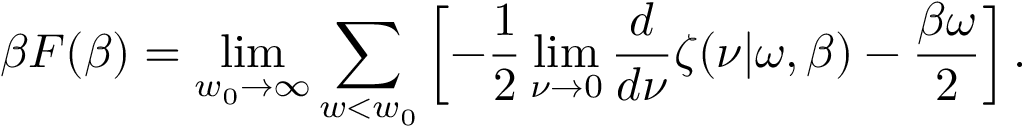
\beta F ( \beta ) = \operatorname * { l i m } _ { w _ { 0 } \rightarrow \infty } \sum _ { w < w _ { 0 } } \left[ - \frac 1 2 \operatorname * { l i m } _ { \nu \rightarrow 0 } { \frac { d } { d \nu } } \zeta ( \nu | \omega , \beta ) - { \frac { \beta \omega } { 2 } } \right] .